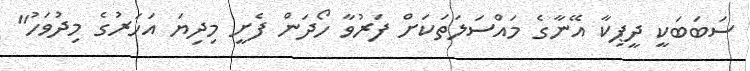
ސަބަބަކީ ދީޕިކާ އޭނާގެ މައްސަލަތަކަށް ފަރުވާ ހޯދަން ފެށީ މިދިޔަ އަހަރުގެ މިދުވަހު''